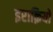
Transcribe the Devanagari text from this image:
इराक़ियों